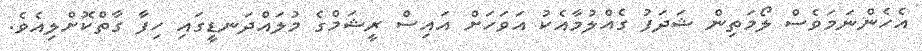
އެހެންނަމަވެސް ލޯމަތިން ޝަދަފު ގެއްލުމާއެކު އަވަހަށް އައިސް ރީޝަމްގެ މުލައްދަނޑީގައި ހިފާ ގާތްކޮށްލިއެވެ.